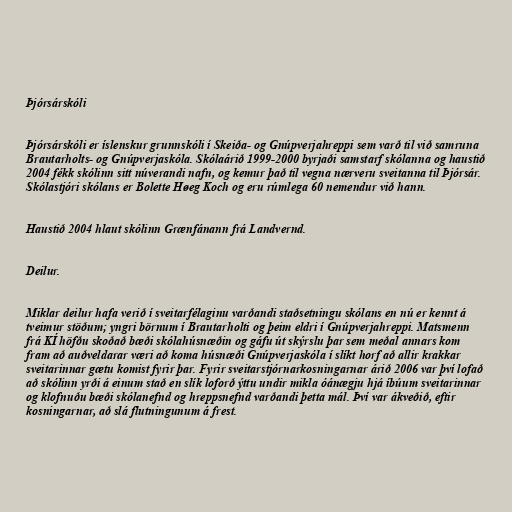
Þjórsárskóli

Þjórsárskóli er íslenskur grunnskóli í Skeiða- og Gnúpverjahreppi sem varð til við samruna
Brautarholts- og Gnúpverjaskóla. Skólaárið 1999-2000 byrjaði samstarf skólanna og haustið
2004 fékk skólinn sitt núverandi nafn, og kemur það til vegna nærveru sveitanna til Þjórsár.
Skólastjóri skólans er Bolette Høeg Koch og eru rúmlega 60 nemendur við hann.

Haustið 2004 hlaut skólinn Grænfánann frá Landvernd.

Deilur.

Miklar deilur hafa verið í sveitarfélaginu varðandi staðsetningu skólans en nú er kennt á
tveimur stöðum; yngri börnum í Brautarholti og þeim eldri í Gnúpverjahreppi. Matsmenn
frá KÍ höfðu skoðað bæði skólahúsnæðin og gáfu út skýrslu þar sem meðal annars kom
fram að auðveldarar væri að koma húsnæði Gnúpverjaskóla í slíkt horf að allir krakkar
sveitarinnar gætu komist fyrir þar. Fyrir sveitarstjórnarkosningarnar árið 2006 var því lofað
að skólinn yrði á einum stað en slík loforð ýttu undir mikla óánægju hjá íbúum sveitarinnar
og klofnuðu bæði skólanefnd og hreppsnefnd varðandi þetta mál. Því var ákveðið, eftir
kosningarnar, að slá flutningunum á frest.